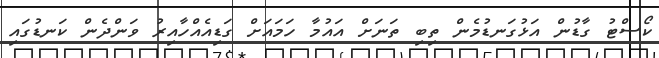
ކޯސްޓު ގާޑުން އަޅުގަނޑުމެން ތިބި ތަނަށް އައުމާ ހަމައަށް ގަޑިއެއްހާއިރު ވަންދެން ކަނޑުގައި